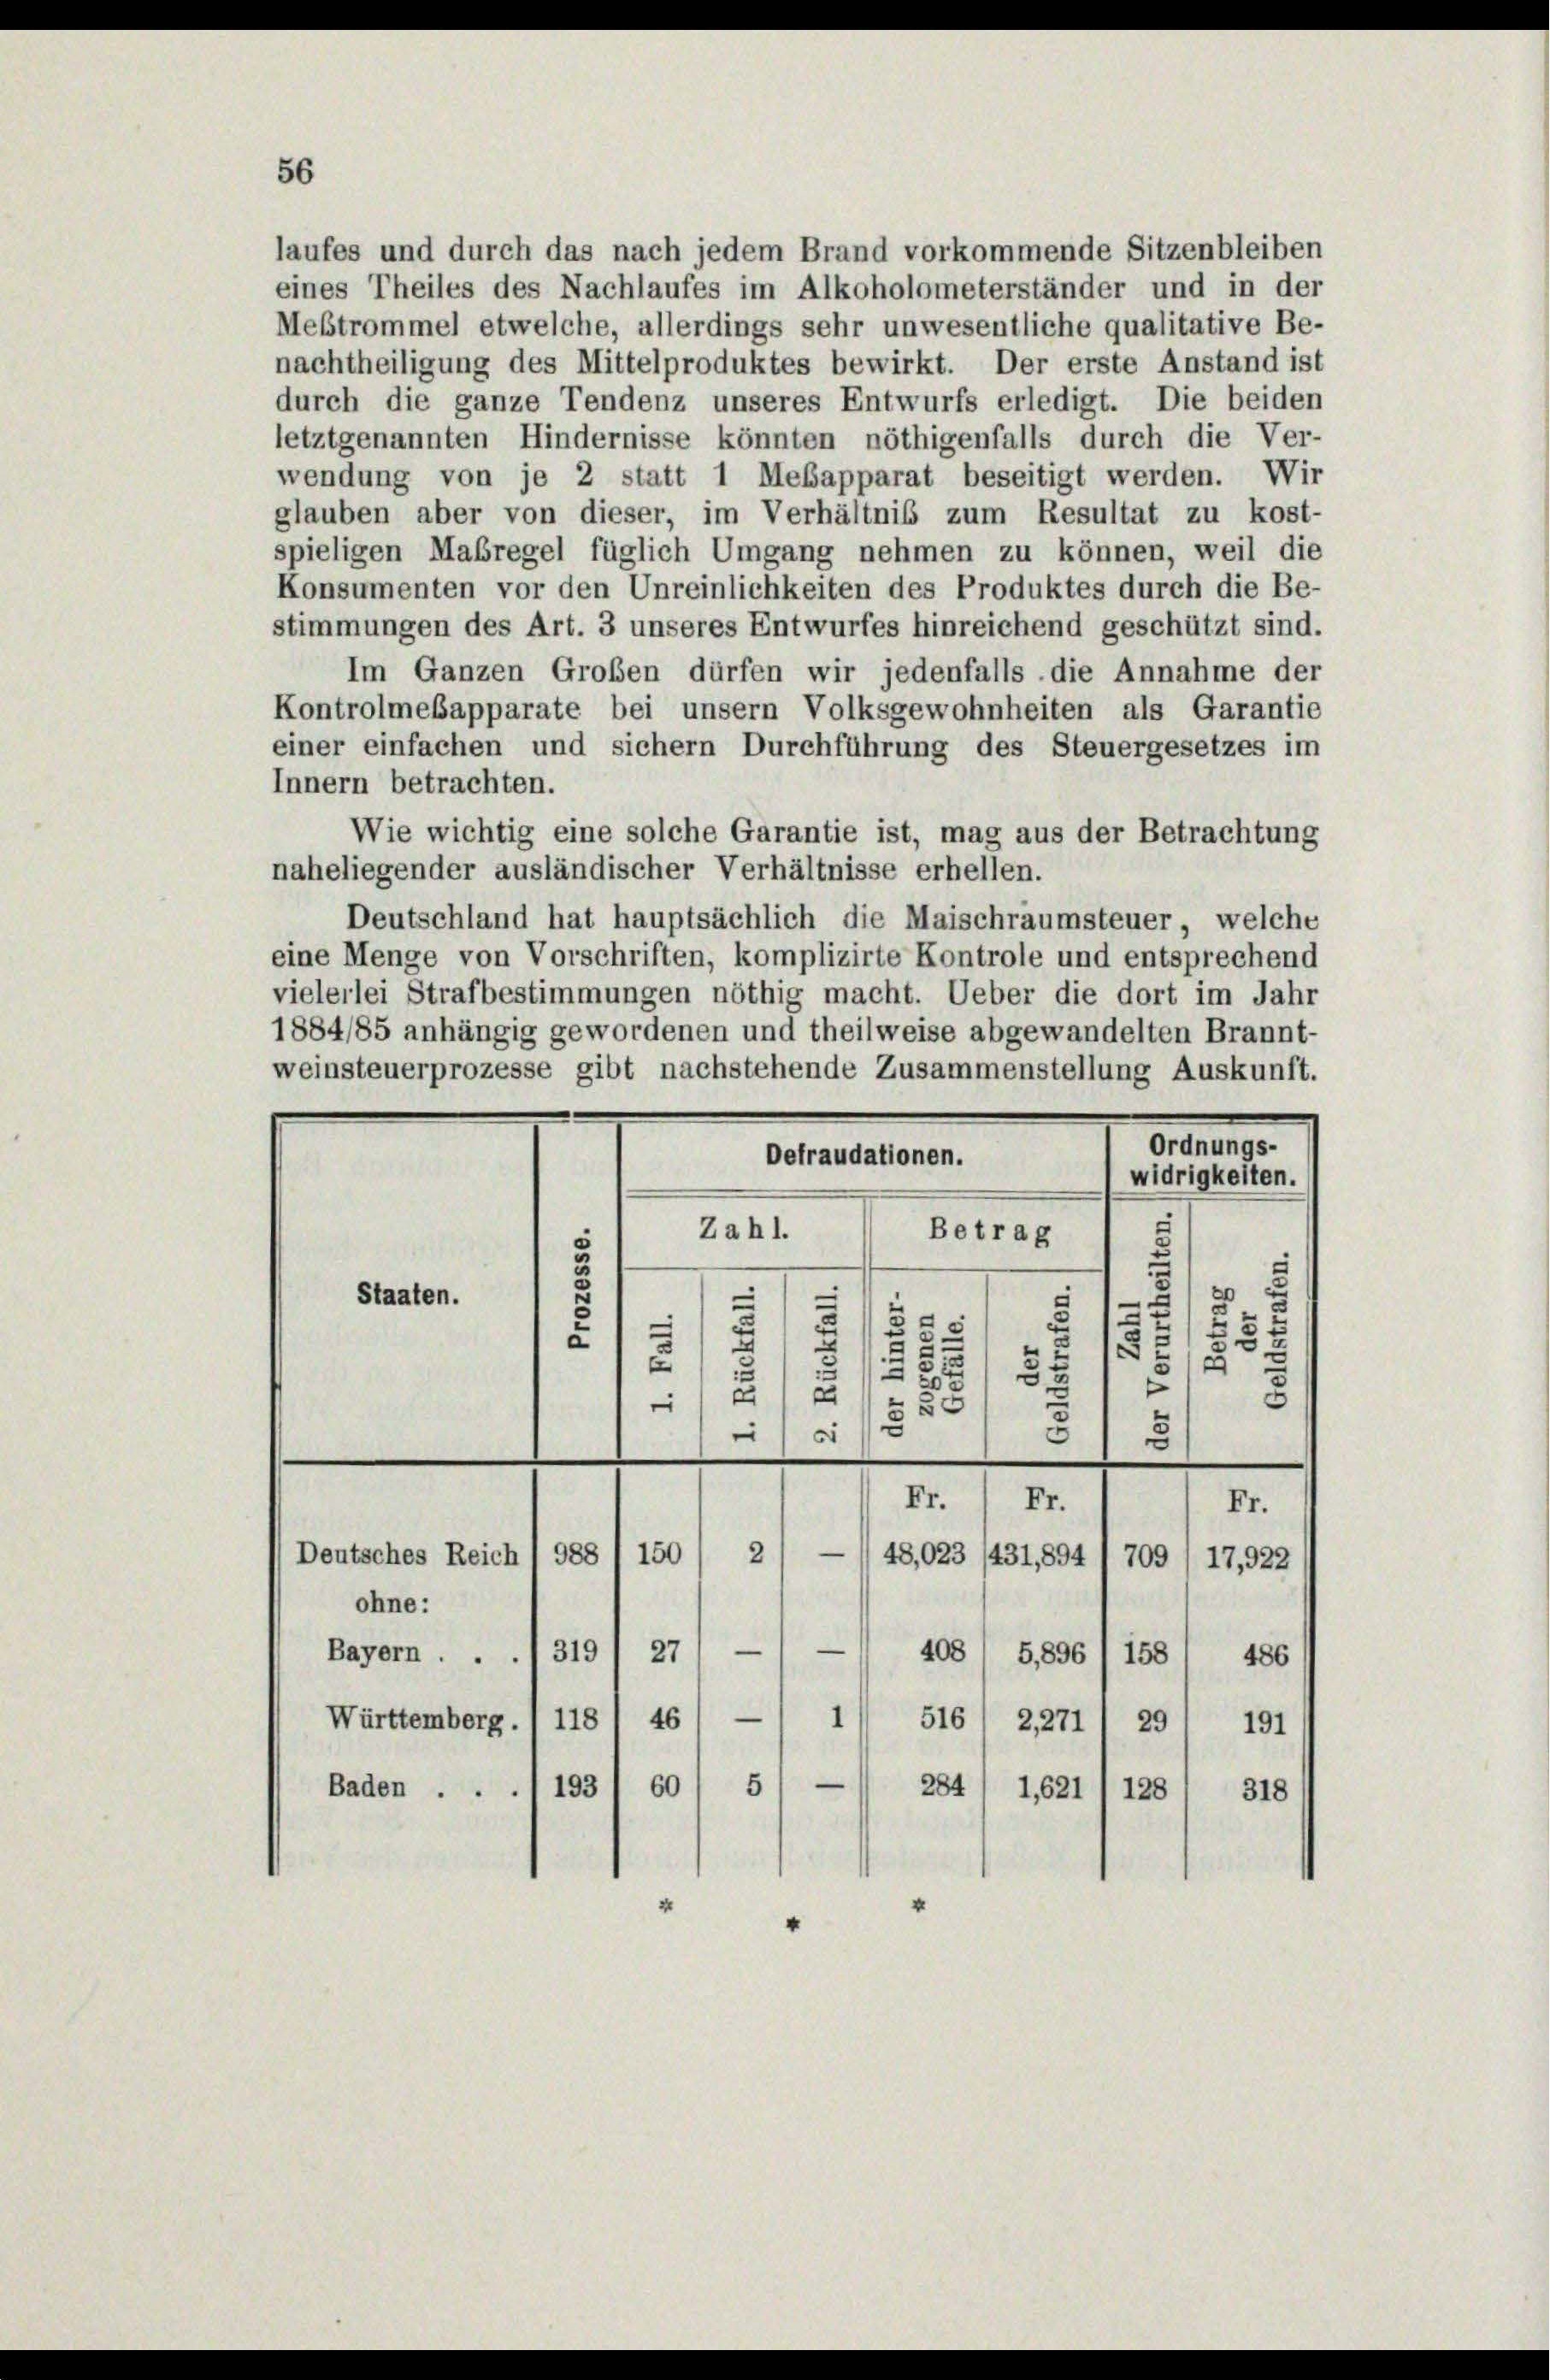
56

laufes und durch das nach jedem Brand vorkommende Sitzenbleiben
eines Theiles des Nachlaufes im Alkoholometerständer und in der
Mebtrommel etwelche, allerdings sehr unwesentliche qualitative Be-
nachtheiligung des Mittelproduktes bewirkt. Der erste Anstand ist
durch die ganze Tendenz unseres Entwurfs erledigt. Die beiden
letztgenannten Hindernisse könnten nöthigenfalls durch die Ver-
wendung von je 2 statt 1 Mebapparat beseitigt werden. Wir
glauben aber von dieser, im Verhältnis zum Resultat zu kost-
spieligen Maßregel füglich Umgang nehmen zu können, weil die
Konsumenten vor den Unreinlichkeiten des Produktes durch die Be-
stimmungen des Art. 3 unseres Entwurfes hinreichend geschützt sind.
Im Ganzen Großen dürfen wir jedenfalls die Annahme der
Kontrolmesapparate bei unsern Volksgewohnheiten als Garantie
einer einfachen und sichern Durchführung des Steuergesetzes im
Innern betrachten.
Wie wichtig eine solche Garantie ist, mag aus der Betrachtung
naheliegender ausländischer Verhältnisse erhellen.
Deutschland hat hauptsächlich die Maischraumsteuer, welche
eine Menge von Vorschriften, komplizirte Kontrole und entsprechend
vielerlei Strafbestimmungen nöthig macht. Ueber die dort im Jahr
1884/85 anhängig gewordenen und theilweise abgewandelten Brannt-
weinsteuerprozesse gibt nachstehende Zusammenstellung Auskunft.
Ordnungs-
Defraudationen.
widrigkeiten.
Zahl.
Betrag
20
d
Staaten.
u
5
2
3
x
2

E
12
3.
e
e
i
Fr.
Fr.
Fr.
—
2
48,023 /431,894
Deutsches Reich / 988
150
709/17,922
ohne:
—
408
—
Bayern ..
27
319
5,896 I 158
486
1
Württemberg., 118 I 46) —
516/ 2271) 29) 191
e
5
60
284/ 1,621
Baden ... 193
128
318
v